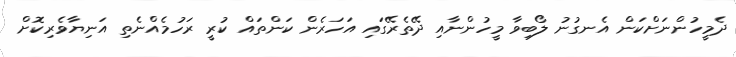
ދެމީހުންނަށްކަން އެނގުނު ލޯބިވާ މީހުންނާއި ދޭތެރޭގައި އަހަރެން ކަންތައް ކުރީ ރަހުމެއްނެތި އަނިޔާވެރިކޮށް